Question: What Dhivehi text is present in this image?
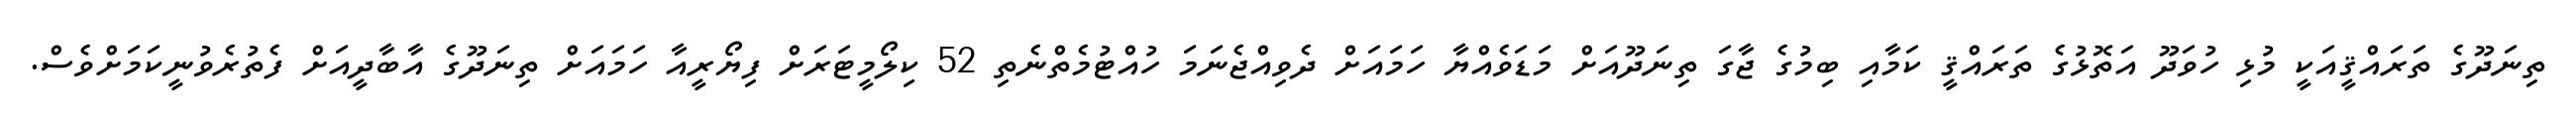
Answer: ތިނަދޫގެ ތަރައްޤީއަކީ މުޅި ހުވަދޫ އަތޮޅުގެ ތަރައްޤީ ކަމާއި ބިމުގެ ޖާގަ ތިނަދޫއަށް މަޑަވެއްޔާ ހަމައަށް ދެވިއްޖެނަމަ ހުއްޓުމެތްނެތި 52 ކިލޯމީޓަރަށް ފިޔޯރީއާ ހަމައަށް ތިނަދޫގެ އާބާދީއަށް ފެތުރެވުނީކަމަށްވެސް.